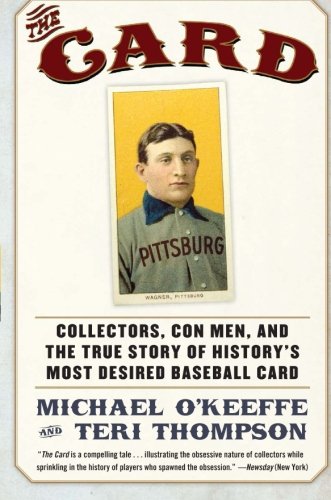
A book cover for The Card: Collectors, Con Men, and the True Story of History's Most Desired Baseball Card; Michael O'Keeffe; Crafts, Hobbies & Home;